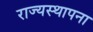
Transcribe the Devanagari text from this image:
राज्यस्थापना